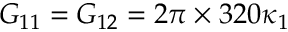
G _ { 1 1 } = G _ { 1 2 } = 2 \pi \times 3 2 0 \kappa _ { 1 }